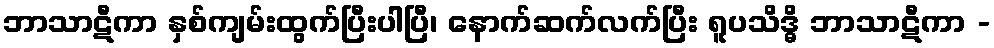
ဘာသာဋီကာ နှစ်ကျမ်းထွက်ပြီးပါပြီ၊ နောက်ဆက်လက်ပြီး ရူပသိဒ္ဓိ ဘာသာဋီကာ -